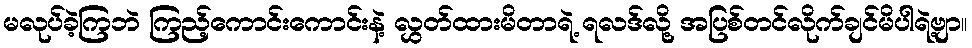
မလုပ်ခဲ့ကြဘဲ ကြည့်ကောင်းကောင်းနဲ့ လွှတ်ထားမိတာရဲ့ ရလဒ်လို့ အပြစ်တင်လိုက်ချင်မိပါရဲ့ဗျာ။